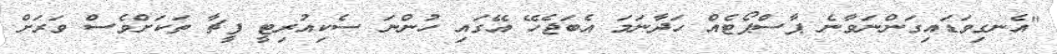
"އެނގިވަޑައިގަންނަވާނެ ޕާސްޕޯޓެއް ހަދާނަމަ އެބަޖެހޭ އޭގައި ހުންނަ ސެކިއުރިޓީ ފީޗާ ތަކަށްވެސް ވަރަށް